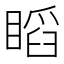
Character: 𥉰